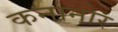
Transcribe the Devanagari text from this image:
कनानोर